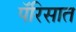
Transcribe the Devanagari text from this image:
पॅरिसात